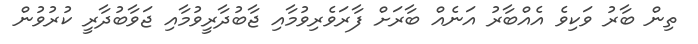
ތިން ބާރު ވަކިވެ އެއްބާރު އަނެއް ބާރަށް ފާރަވެރިވުމާއި ޖާބުދާރީވުމާއި ޖަވާބުދާރީ ކުރުވުން